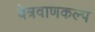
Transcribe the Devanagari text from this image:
वेत्रवाणकल्प